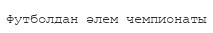
Футболдан әлем чемпионаты